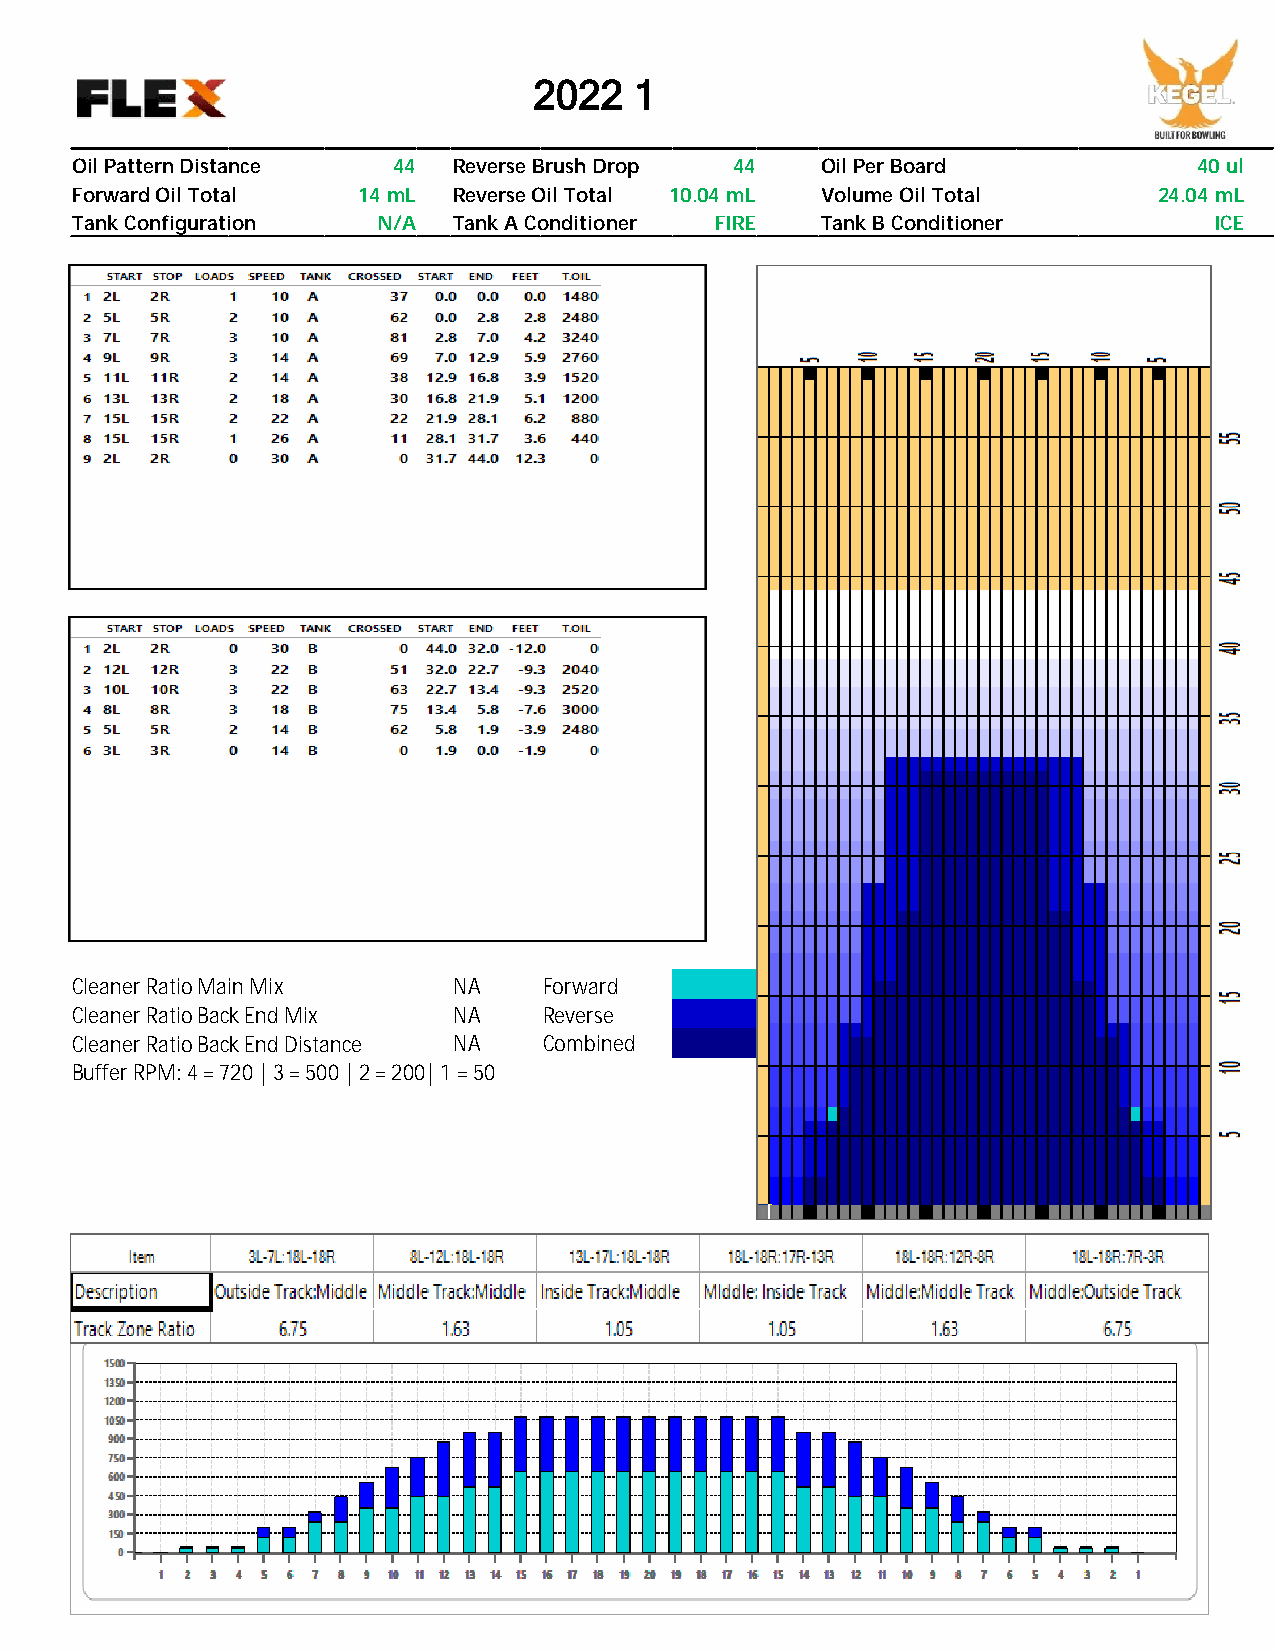
2022ィ1ィィィィィィィィィィィ
 Oil Pattern Distance 44  Reverse Brush Drop 44   Oil Per Board            40 ul
 Forward Oil Total  14 mL Reverse Oil Total 10.04 mL Volume Oil Total    24.04 mL
 Tank Configuration  N/A  Tank A Conditioner FIRE Tank B Conditioner        ICE
 Cleaner Ratio Main Mix   NA    Forward
 Cleaner Ratio Back End Mix NA  Reverse
 Cleaner Ratio Back End Distance NA Combined
 Buffer RPM: 4 = 720 | 3 = 500 | 2 = 200| 1 = 50